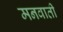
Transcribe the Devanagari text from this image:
मनवाती